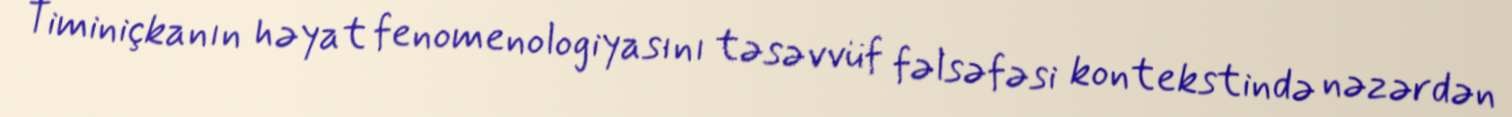
Timiniçkanın həyat fenomenologiyasını təsəvvüf fəlsəfəsi kontekstində nəzərdən